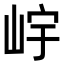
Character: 𡷎